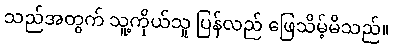
သည်အတွက် သူ့ကိုယ်သူ ပြန်လည် ဖြေသိမ့်မိသည်။